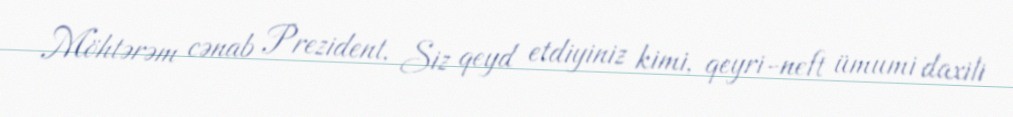
Möhtərəm cənab Prezident, Siz qeyd etdiyiniz kimi, qeyri-neft ümumi daxili